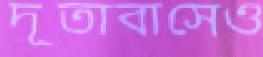
দূতাবাসেও